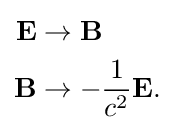
{\begin{aligned}\mathbf {E} &\rightarrow \mathbf {B} \\\mathbf {B} &\rightarrow -{\frac {1}{c^{2}}}\mathbf {E} .\end{aligned}}